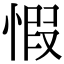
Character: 𢝄